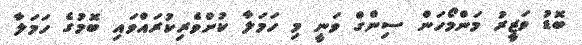
ބޮޑު ވަޒީރު މަންމޯހަން ސިންގް ވަނީ މި ހަމަލާ ކުށްވެރިކުރައްވައި ބޮމުގެ ހަމަލާ